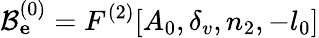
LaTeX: \mathcal{B}_{\mathbf e}^{(0)}=F^{(2)}[A_{0},\delta_{v},n_{2},-l_{0}]